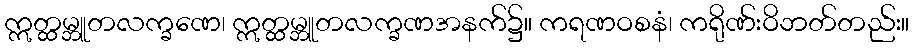
ဣတ္ထမ္ဘူတလက္ခဏေ၊ ဣတ္ထမ္ဘူတလက္ခဏအနက်၌။ ကရဏဝစနံ၊ ကရိုဏ်းဝိဘတ်တည်း။